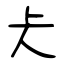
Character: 仧